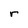
Character: r